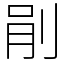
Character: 剈